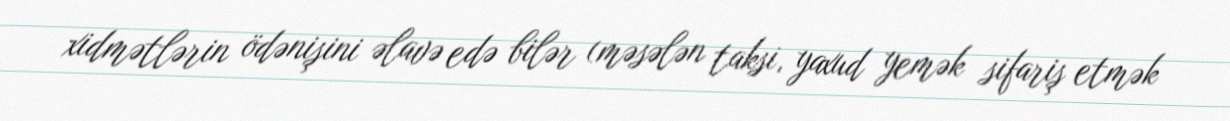
xidmətlərin ödənişini əlavə edə bilər (məsələn taksi, yaxud yemək sifariş etmək